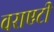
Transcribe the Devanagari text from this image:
वराएटी